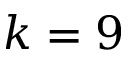
k = 9